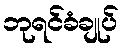
ဘုရင်ခံချုပ်